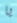
يا